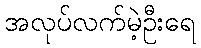
အလုပ်လက်မဲ့ဦးရေ